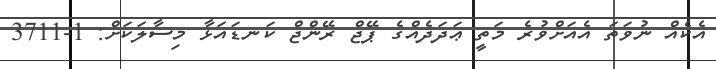
އެކެއް ނުވަތަ އެއަށްވުރެ މަތީ ޢަދަދެއްގެ ޕޭޖް ރޭންޖް ކަނޑައަޅާ މިސާލަކަށް: 1-3711